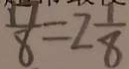
\frac { 1 } { 8 } = 2 \frac { 1 } { 8 }